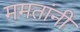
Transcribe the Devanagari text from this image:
ममतांनी